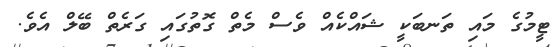
ޓީމުގެ މައި ތަނބަކީ ޝައްކެއް ވެސް މެތް ގޮތުގައި ގަރެތް ބޭލް އެވެ.